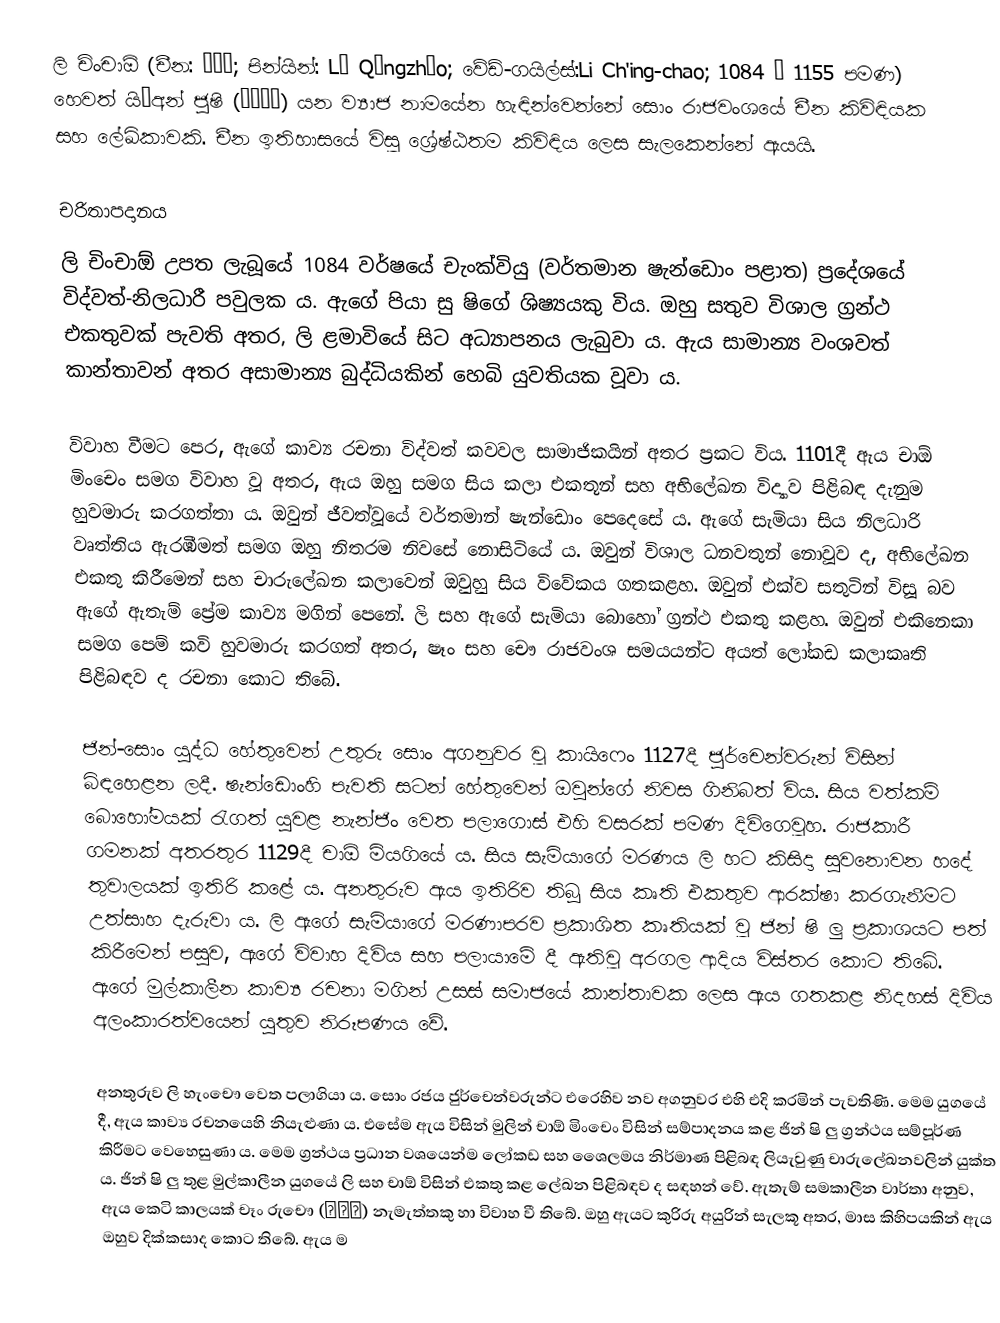
ලි චිංචාඕ (චීන: 李清照; පින්යින්: Lǐ Qīngzhào; වේඩ්-ගයිල්ස්:Li Ch'ing-chao; 1084 – 1155 පමණ) හෙවත් යි’අන් ජුෂි (易安居士) යන ව්‍යාජ නාමයේන හැඳින්වෙන්නේ සොං රාජවංශයේ චීන කිවිඳියක සහ ලේඛිකාවකි‍. චීන ඉතිහාසයේ විසූ ශ්‍රේෂ්ඨතම කිවිඳිය ලෙස සැ‍ලකෙන්නේ ඇයයි.

චරිතාපදානය
ලි චිංචාඕ උපත ලැබූයේ 1084 වර්ෂයේ චැංක්වියු (වර්තමාන ෂැන්ඩොං පළාත) ප්‍රදේශයේ විද්වත්-නිලධාරී පවුලක ය. ඇගේ පියා සු ෂිගේ ශිෂ්‍යයකු විය. ඔහු සතුව විශාල ග්‍රන්ථ එකතුවක් පැවති අතර, ලි ළමාවියේ සිට අධ්‍යාපනය ලැබුවා ය. ඇය සාමාන්‍ය වංශවත් කාන්තාවන් අතර අසාමාන්‍ය බුද්ධියකින් හෙබි යුවතියක වූවා ය.

විවාහ වීමට පෙර, ඇගේ කාව්‍ය රචනා විද්වත් කවවල සාමාජිකයින් අතර ප්‍රකට විය‍. 1101දී ඇය චාඕ මිංචෙං සමග විවාහ වූ අතර, ඇය ඔහු සමග සිය කලා එකතූන් සහ අභිලේඛන විද්‍යාව පිළිබඳ දැනුම හුවමාරු කරගත්තා ය. ඔවුන් ජීවත්වූයේ වර්තමාන් ෂැන්ඩොං පෙදෙසේ ය. ඇගේ සැමියා සිය නිලධාරි වෘත්තිය ඇරඹීමත් සමග ඔහු නිතරම නිවසේ නොසිටියේ ය. ඔවුන් විශාල ධනවතුන් නොවූව ද, අභිලේඛන එකතු කිරීමෙන් සහ චාරුලේඛන කලාවෙන් ඔවුහු සිය විවේකය ගතකළහ. ඔවුන් එක්ව සතුටින් විසූ බව ඇගේ ඇතැම් ප්‍රේම කාව්‍ය මගින් පෙනේ. ලි සහ ඇගේ සැමියා බොහෝ ග්‍රන්ථ එකතු කළහ. ඔවුන් එකිනෙකා සමග පෙම් කවි හුවමාරු කරගත් අතර, ෂෑං සහ චෞ රාජවංශ සමයයන්ට අයත් ලෝකඩ කලාකෘති පිළිබඳව ද රචනා කොට තිබේ.

ජින්-සොං යුද්ධ හේතුවෙන් උතුරු සොං අගනුවර වූ කායිෆෙං 1127දී ජුර්චෙන්වරුන් විසින් බිඳහෙළන ලදී. ෂැන්ඩොංහි පැවති සටන් හේතුවෙන් ඔවුන්ගේ නිවස ගිනිබත් විය. සිය වත්කම් බොහෝමයක් රැගත් යුවළ නැන්ජිං වෙත පලාගොස් එහි වසරක් පමණ දිවිගෙවූහ. රාජකාරී ගමනක් අතරතුර 1129දී චාඕ මියගියේ ය. සිය සැමියාගේ මරණය ලි හට කිසිදා සුවනොවන හදේ තුවාලයක් ඉතිරි කළේ ය. අනතුරුව ඇය ඉතිරිව තිබූ සිය කෘති එකතුව ආරක්ෂා කරගැනීමට උත්සාහ දැරුවා ය. ලි ඇගේ සැමියාගේ මරණාපරව ප්‍රකාශිත කෘතියක් වූ ජින් ෂි ලු ප්‍රකාශයට පත් කිරීමෙන් පසුව, ඇගේ විවාහ දිවිය සහ පලායාමේ දී ඇතිවූ අරගල ආදිය විස්තර කොට තිබේ. ඇගේ මුල්කාලීන කාව්‍ය රචනා මගින් උසස් සමාජයේ කාන්තාවක ලෙස ඇය ගතකළ නිදහස් දිවිය අලංකාරත්වයෙන් යුතුව නිරූපණය වේ.

අනතුරුව ලි හැංචෞ වෙත පලාගියා ය. සොං රජය ජුර්චෙන්වරුන්ට එරෙහිව නව අගනුවර එහි එදි කරමින් පැවතිණි. මෙම යුගයේ දී, ඇය කාව්‍ය රචනයෙහි නියැළුණා ය. එසේම ඇය විසින් මුලින් චාඕ මිංචෙං විසින් සම්පාදනය කළ ජින් ෂි ලු ග්‍රන්ථය සම්පූර්ණ කිරීමට වෙහෙසුණා ය. මෙම ග්‍රන්ථය ප්‍රධාන වශයෙන්ම ලෝකඩ සහ ශෛලමය නිර්මාණ පිළිබඳ ලියැවුණු චාරුලේඛනවලින් යුක්ත ය. ජින් ෂි ලු තුළ මුල්කාලීන යුගයේ ලි සහ චාඕ විසින් එකතු කළ ලේඛන පිළිබඳව ද සඳහන් වේ. ඇතැම් සමකාලීන වාර්තා අනුව, ඇය කෙටි කාලයක් චෑං රුචෞ (張汝舟) නැමැත්තකු හා විවාහ වී තිබේ. ඔහු ඇයට කුරිරු අයුරින් සැලකූ අතර, මාස කිහිපයකින් ඇය ඔහුව දික්කසාද කොට තිබේ. ඇය ම